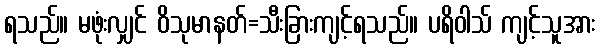
ရသည်။ မဖုံးလျှင် ဝိသုမာနတ်=သီးခြားကျင့်ရသည်။ ပရိဝါသ် ကျင့်သူအား